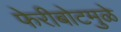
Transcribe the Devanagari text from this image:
फेरीबोटमुळे